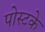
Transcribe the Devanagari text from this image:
पोस्टके